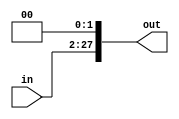
`timescale 1ns/1ns
module shift_l_2628 (
    input [25:0] in,
    output [27:0] out
);

    assign out = in << 2;

endmodule //shift_l_2628